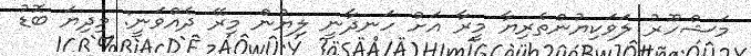
މަޝްހޫރު ލަވަކިޔުންތެރިޔާ މީރާ އަށް ހަނދާނީ ލިޔުން މިރޭ ދެއްވަނީ: މިދިޔަ ބޮޑު